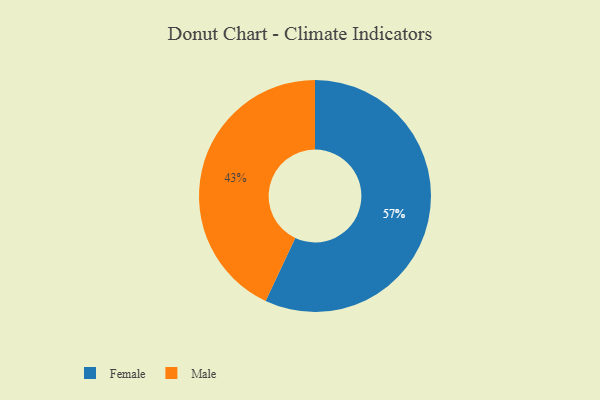
{"axis": {"x": "Category", "y": "Percentage"}, "legend": ["Female", "Male"], "data": [{"x": "Female", "y": 57, "type": "Female"}, {"x": "Male", "y": 43, "type": "Male"}]}